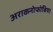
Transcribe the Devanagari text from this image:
अराकनोफोबिया